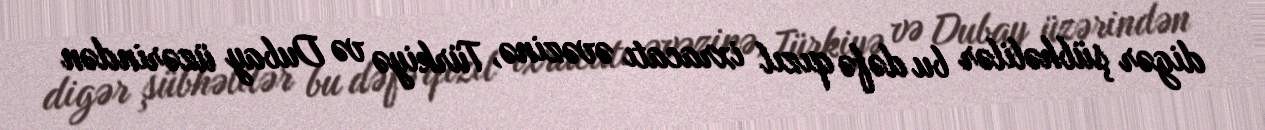
digər şübhəlilər bu dəfə qızıl ixracatı əvəzinə, Türkiyə və Dubay üzərindən